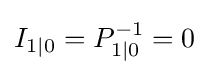
{I_{1|0}=P_{1|0}^{-1}=0}